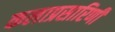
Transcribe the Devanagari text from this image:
कलाप्रसारिणी